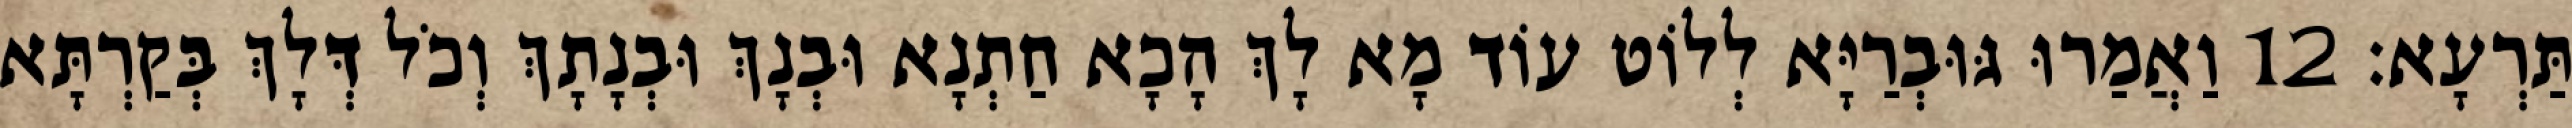
תַּרְעָא׃ 12 וַאֲמַרוּ גּוּבְרַיָּא לְלוֹט עוֹד מָא לָךְ הָכָא חַתְנָא וּבְנָךְ וּבְנָתָךְ וְכֹל דְּלָךְ בְּקַרְתָּא